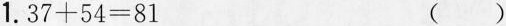
1.$$ 37 + 54 = 81 $$ ()